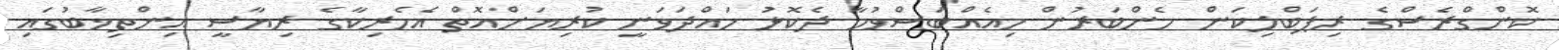
ކޮންގްރެސްގެ ރިޕަބްލިކަން މެންބަރުން މިއެއްބަސްވުމާ ދެކޮޅު ހައްދަވަނީ ކުރިޔަށްއޮތް އެމެރިކާގެ ރިޔާސީ އިންތިޚާބުގައި